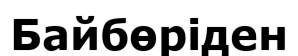
Байбөріден